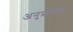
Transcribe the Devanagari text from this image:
अनुप्रोयोग